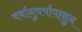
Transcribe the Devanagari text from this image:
वर्षानुवर्षापासुन